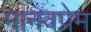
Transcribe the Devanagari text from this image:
मानवप्रेम